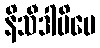
နိသီဒါမိပေ